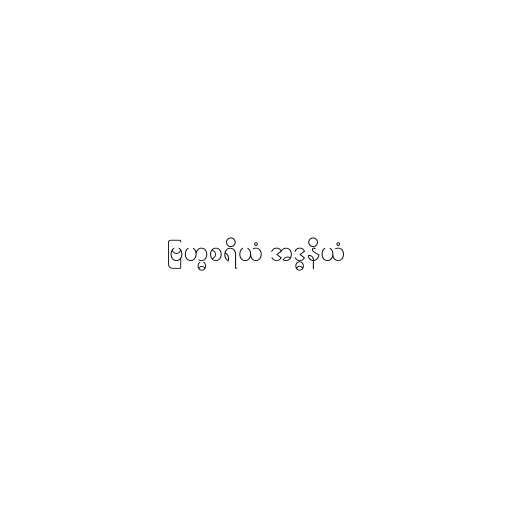
ဗြဟ္မစရိယံ အဒ္ဓနိယံ